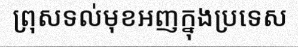
ព្រុសទល់មុខអញក្នុងប្រទេស